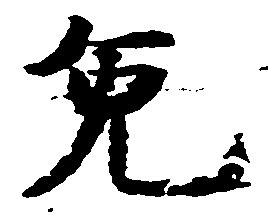
免